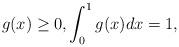
LaTeX: \begin{align*}g(x)\ge 0,\int_0^1g(x)dx=1,\end{align*}